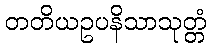
တတိယဥပနိသာသုတ္တံ